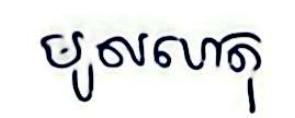
មូលហេតុ